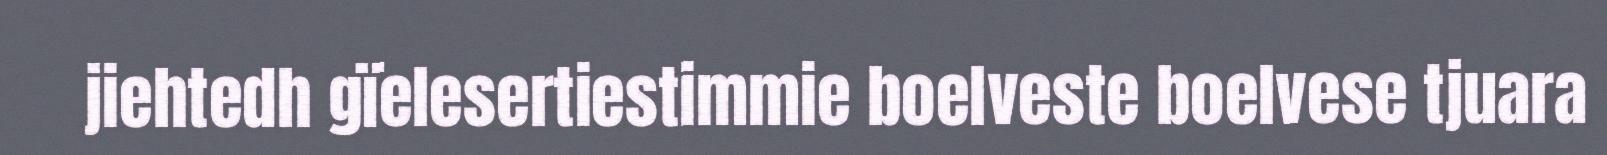
jiehtedh gïelesertiestimmie boelveste boelvese tjuara